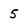
Character: 5